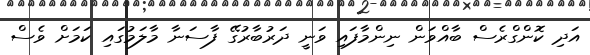
އަދި ކޮންގްރެސް ބާއްވަން ނިންމާފައި ވަނީ ދަރުބާރުގޭ ފާސަނާ މާލަމުގައި ކަމަށް ވެސް